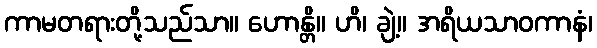
ကာမတရားတို့သည်သာ။ ဟောန္တိ။ ဟိ၊ ချဲ့။ အရိယသာဝကာနံ၊